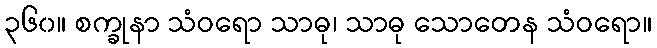
၃၆၀။ စက္ခုနာ သံဝရော သာဓု၊ သာဓု သောတေန သံဝရော။